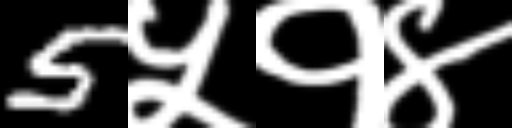
Text: 5५१४